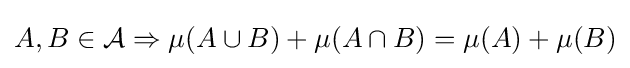
A,B\in {\mathcal {A}}\Rightarrow \mu (A\cup B)+\mu (A\cap B)=\mu (A)+\mu (B)